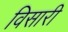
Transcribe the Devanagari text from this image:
विसारी